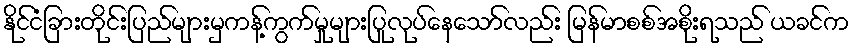
နိုင်ငံခြားတိုင်းပြည်များမှကန့်ကွက်မှုများပြုလုပ်နေသော်လည်း မြန်မာစစ်အစိုးရသည် ယခင်က